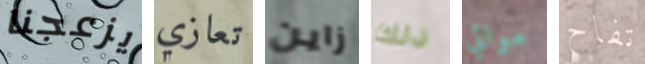
يزعجنا تعازي زاين ذلك موالي تفاح